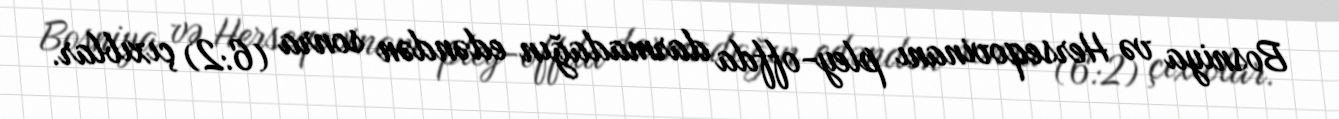
Bosniya və Herseqovinanı pley-offda darmadağın edəndən sonra (6:2) çıxıblar.